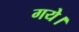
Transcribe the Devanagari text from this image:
गयेे।